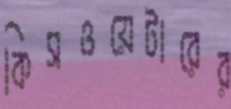
কিসওয়েটারের